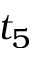
t _ { 5 }